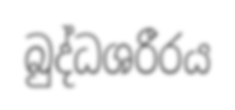
බුද්ධශරීරය